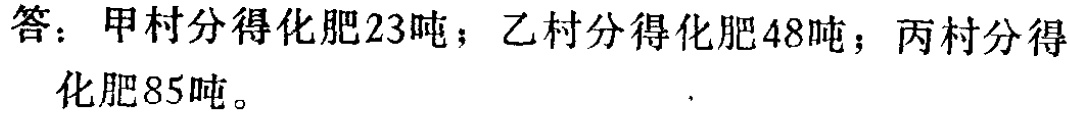
答：甲村分得化肥23吨；乙村分得化肥48吨；丙村分得化肥85吨。